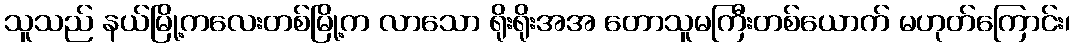
သူသည် နယ်မြို့ကလေးတစ်မြို့က လာသော ရိုးရိုးအအ တောသူမကြီးတစ်ယောက် မဟုတ်ကြောင်း၊